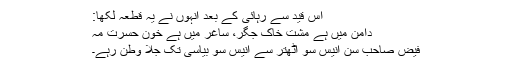
اس قید سے رہائی کے بعد انہوں نے یہ قطعہ لکھا:
دامن میں ہے مشت خاک جگر، ساغر میں ہے خون حسرت مہ
فیض صاحب سن انیس سو اٹھتر سے انیس سو بیاسی تک جلا وطن رہے۔